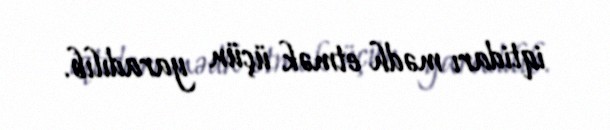
iqtidarı mədh etmək üçün yaradılıb.